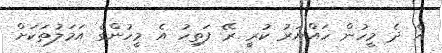
އެ ދެ މީހުން ހައްޔަރު ކުރީ ރޭ ފަތިހު އެ މީހުންގެ އަމަލުތަކަށް